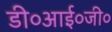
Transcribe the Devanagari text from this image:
डी०आई०जी०